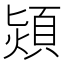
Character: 熲